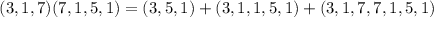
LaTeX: ( 3 , 1 , 7 ) ( 7 , 1 , 5 , 1 ) = ( 3 , 5 , 1 ) + ( 3 , 1 , 1 , 5 , 1 ) + ( 3 , 1 , 7 , 7 , 1 , 5 , 1 )